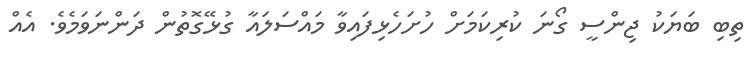
ތިބި ބަޔަކު ޖިންސީ ގޯނަ ކުރިކަމަށް ހުށަހެޅިފައިވާ މައްސަލައާ ގުޅޭގޮތުން ދަންނަވަމެވެ. އެއް